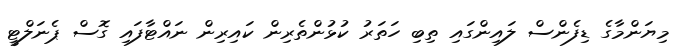
މިޔަންމާގެ ޑިފެންސް ލައިންގައި ތިބި ހަތަރު ކުޅުންތެރިން ކައިރިން ނައްޓާފައި ގޮސް ޕެނަލްޓީ